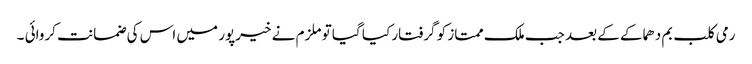
رمی کلب بم دھماکے کے بعد جب ملک ممتاز کو گرفتار کیا گیا تو ملزم نے خیرپور میں اس کی ضمانت کروائی ۔